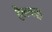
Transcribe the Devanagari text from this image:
हैलबर्ड